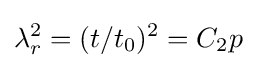
\lambda _{r}^{2}=(t/t_{0})^{2}=C_{2}p